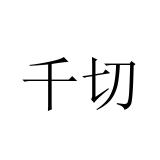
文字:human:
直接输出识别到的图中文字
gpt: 千切